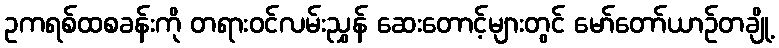
ဥကရစ်ထစခန်းကို တရားဝင်လမ်းညွှန် ဆေးတောင့်များတွင် မော်တော်ယာဉ်တချို့